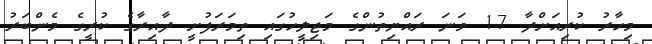
މިހާރު ކުރިއަށްދާ 17 ވަނަ ރައްޔިތުންގެ މަޖިލީހުގައި ތިމަރަފުށީ ދާއިރާގެ ކުރީގެ މެންބަރު